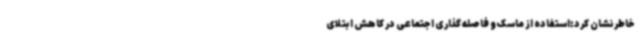
خاطرنشان کرد:استفاده از ماسک و فاصله گذاری اجتماعی در کاهش ابتلای